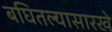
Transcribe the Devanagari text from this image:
बघितल्यासारखे